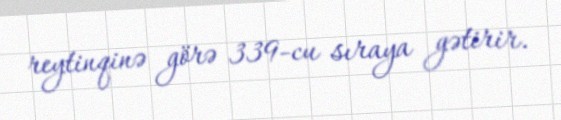
reytinqinə görə 339-cu sıraya gətirir.